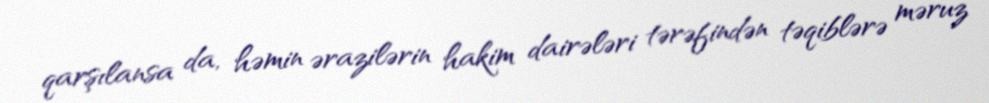
qarşılansa da, həmin ərazilərin hakim dairələri tərəfindən təqiblərə məruz